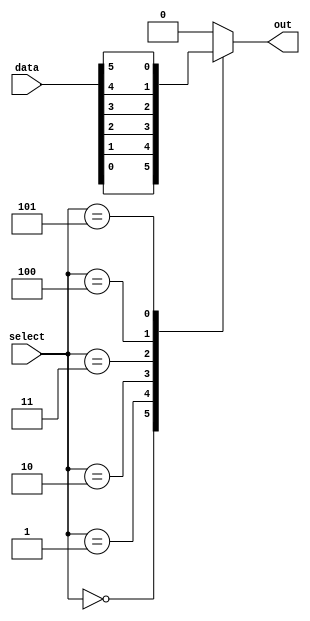
module mux_64to1 (
    input [63:0] data,
    input [5:0] select,
    output reg out
);

always @(*) begin
    case(select)
        6'b000000: out = data[0];
        6'b000001: out = data[1];
        6'b000010: out = data[2];
        6'b000011: out = data[3];
        6'b000100: out = data[4];
        6'b000101: out = data[5];
        // add more cases for each input line
        default: out = 1'b0; // default output
    endcase
end

endmodule